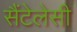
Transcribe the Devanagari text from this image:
सैंटेलेसी